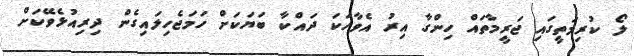
ލޯ ކުރިމަތީގައި ޖަރީމާތައް ހިންގާ އިރު އެވާހަކަ ދައްކާ ބަޔަކަށް ހަމަޖެހިލައިގެން ދިރިއުޅެވޭކަށް